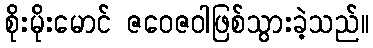
စိုးမိုးမောင် ဇဝေဇဝါဖြစ်သွားခဲ့သည်။